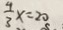
\frac { 4 } { 3 } x = 2 0